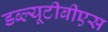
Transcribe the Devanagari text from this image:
डब्ल्यूटीबीएस